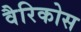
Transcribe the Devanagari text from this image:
वैरिकोस